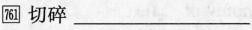
\boxed{761} 切碎 ___